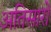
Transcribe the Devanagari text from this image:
अतिसारों